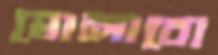
ঘোলাবো